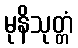
မုနိသုတ္တံ